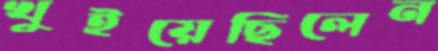
খুইয়েছিলেন